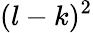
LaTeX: (l-k)^{2}